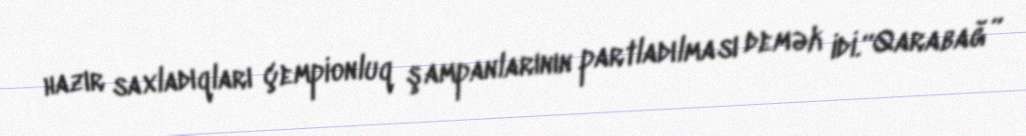
hazır saxladıqları çempionluq şampanlarının partladılması demək idi.“Qarabağ”